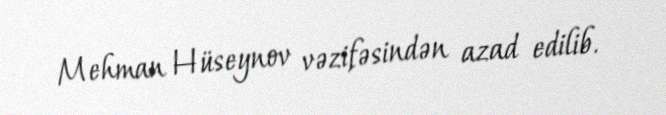
Mehman Hüseynov vəzifəsindən azad edilib.